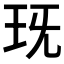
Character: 𤤍